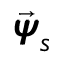
\vec { \pmb { { \psi } } } _ { s }